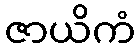
ဇာယိကံ